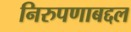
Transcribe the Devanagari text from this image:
निरुपणाबद्दल